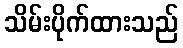
သိမ်းပိုက်ထားသည်